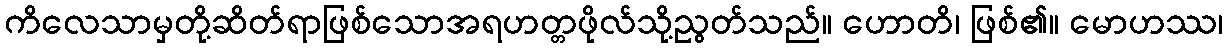
ကိလေသာမှတို့ဆိတ်ရာဖြစ်သောအရဟတ္တဖိုလ်သို့ညွတ်သည်။ ဟောတိ၊ ဖြစ်၏။ မောဟဿ၊